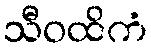
သီဝထိကံ